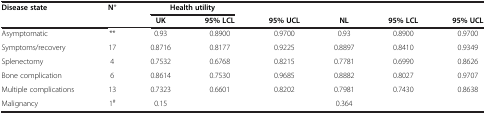
| Disease state | N* | <COLSPAN=2> Health utility |  |  |  |  |
 |  |  | UK | 95% LCL | 95% UCL | NL | 95% LCL | 95% UCL |
 | --- | --- | --- | --- | --- | --- | --- | --- |
 | Asymptomatic | ** | 0.93 | 0.8900 | 0.9700 | 0.93 | 0.8900 | 0.9700 |
 | Symptoms/recovery | 17 | 0.8716 | 0.8177 | 0.9225 | 0.8897 | 0.8410 | 0.9349 |
 | Splenectomy | 4 | 0.7532 | 0.6768 | 0.8215 | 0.7781 | 0.6990 | 0.8626 |
 | Bone complication | 6 | 0.8614 | 0.7530 | 0.9685 | 0.8882 | 0.8027 | 0.9707 |
 | Multiple complications | 13 | 0.7323 | 0.6601 | 0.8202 | 0.7981 | 0.7430 | 0.8638 |
 | Malignancy | 1# | 0.15 |  |  | 0.364 |  |  |